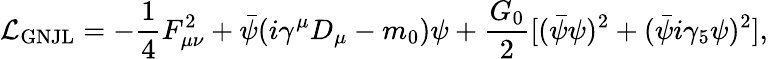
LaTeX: {\cal L}_{\mathrm{GNJL}}=-{\frac{1}{4}}F_{\mu\nu}^{2}+\bar{\psi}(i\gamma^{\mu}D_{\mu}-m_{0})\psi+{\frac{G_{0}}{2}}[(\bar{\psi}\psi)^{2}+(\bar{\psi}i\gamma_{5}\psi)^{2}],